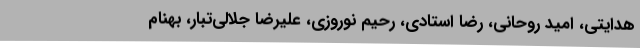
هدایتی، امید روحانی، رضا استادی، رحیم نوروزی، علیرضا جلالی‌تبار، بهنام